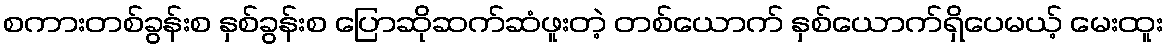
စကားတစ်ခွန်းစ နှစ်ခွန်းစ ပြောဆိုဆက်ဆံဖူးတဲ့ တစ်ယောက် နှစ်ယောက်ရှိပေမယ့် မေးထူး